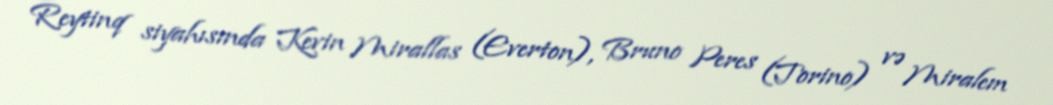
Reytinq siyahısında Kevin Mirallas (Everton), Bruno Peres (Torino) və Miralem